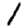
Digit: 1